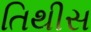
તિથીસ